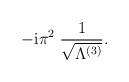
\begin{align*}-\mbox{i} \pi^2 \;\frac{1}{\sqrt{\Lambda^{(3)}}} .\end{align*}